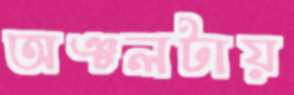
অঞ্চলটায়